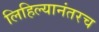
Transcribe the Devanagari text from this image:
लिहिल्यानंतरच